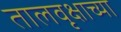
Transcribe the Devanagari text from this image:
तालवृक्षाच्या